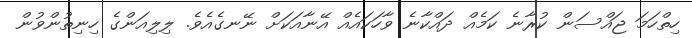
ހިތްހަމަ ޖައްސަން ކުރާނެ ކަމެއް ދައްކާނެ ވާހަކައެއް އޭނާއަކަށް ނޭނގެއެވެ. ލިލިއަންގެ ހިނިތުންވުން